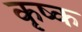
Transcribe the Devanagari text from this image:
कृष्क